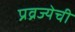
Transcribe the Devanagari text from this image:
प्रव्रज्येची